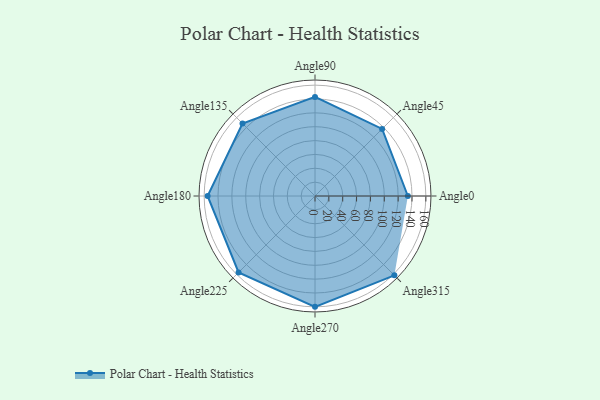
{"axis": {"x": "Angle", "y": "Radius"}, "legend": [""], "data": [{"x": "Angle0", "y": 134.0, "type": ""}, {"x": "Angle45", "y": 137.0, "type": ""}, {"x": "Angle90", "y": 143.0, "type": ""}, {"x": "Angle135", "y": 148.0, "type": ""}, {"x": "Angle180", "y": 155.0, "type": ""}, {"x": "Angle225", "y": 156.0, "type": ""}, {"x": "Angle270", "y": 160.0, "type": ""}, {"x": "Angle315", "y": 162.0, "type": ""}]}